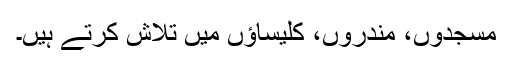
مسجدوں، مندروں، کلیساؤں میں تلاش کرتے ہیں۔